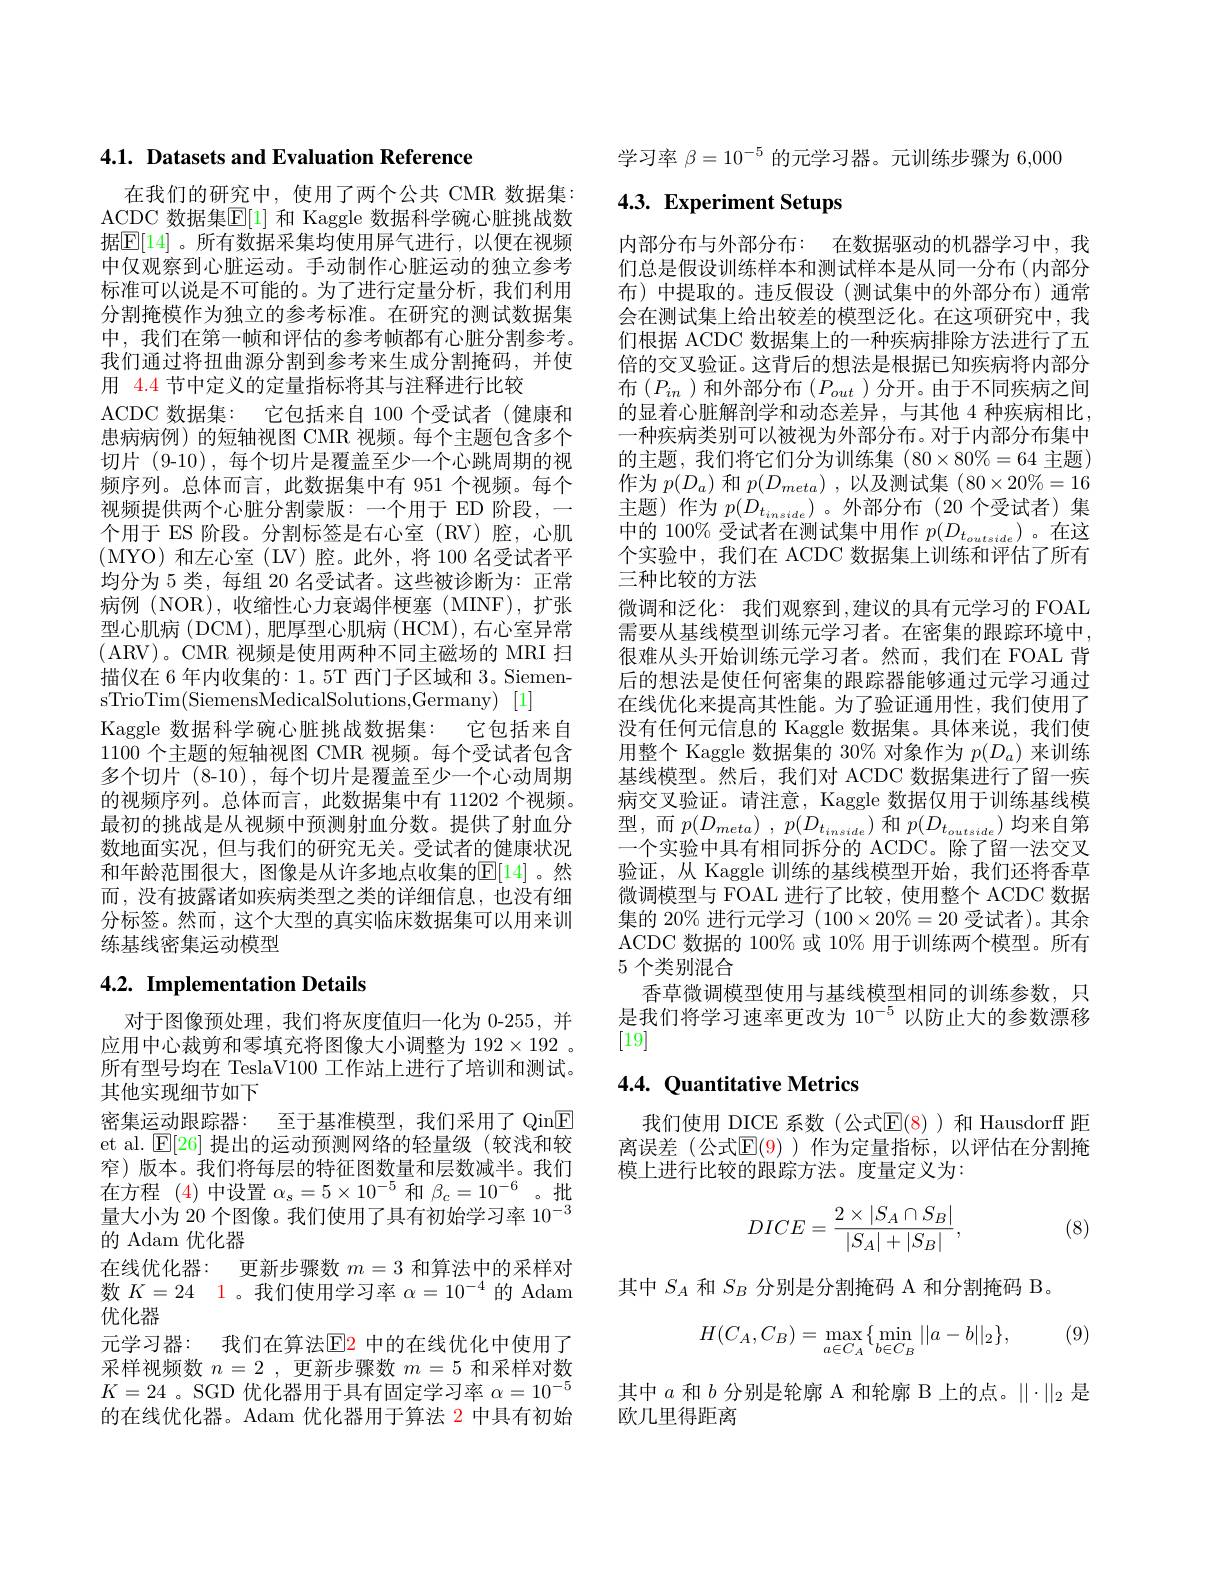
4.1. Datasets and Evaluation Reference

在我们的研究中，使用了两个公共 CMR 数据集： ACDC 数据集$\boxed{\mathrm{F}}[1]$ 和 Kaggle 数据科学碗心脏挑战数据$\boxed{\mathbb{E}[14]}$ 。所有数据采集均使用屏气进行，以便在视频中仅观察到心脏运动。手动制作心脏运动的独立参考标准可以说是不可能的。为了进行定量分析，我们利用分割掩模作为独立的参考标准。在研究的测试数据集中，我们在第一帧和评估的参考帧都有心脏分割参考。我们通过将扭曲源分割到参考来生成分割掩码，并使用 4.4 节中定义的定量指标将其与注释进行比较
ACDC 数据集：它包括来自 100 个受试者(健康和患病病例)的短轴视图 CMR 视频。每个主题包含多个切片 (9-10),每个切片是覆盖至少一个心跳周期的视频序列。总体而言，此数据集中有 951 个视频。每个视频提供两个心脏分割蒙版：一个用于 ED 阶段，一个用于 ES 阶段。分割标签是右心室(RV)腔，心肌(MYO)和左心室(LV)腔。此外，将100名受试者平均分为 5 类，每组 20 名受试者。这些被诊断为：正常病例(NOR),收缩性心力衰竭伴梗塞(MINF),扩张型心肌病 (DCM),肥厚型心肌病 (HCM), 右心室异常(ARV)。CMR 视频是使用两种不同主磁场的 MRI 扫描仪在 6 年内收集的：1。5T 西门子区域和 3。Siemen- $\operatorname { sTrioTim} ( \operatorname { Siemens\text{MedicalSolutions, Germany) }}$ [1]
Kaggle 数据科学碗心脏挑战数据集：它包括来自1100个主题的短轴视图 CMR 视频。每个受试者包含多个切片 (8-10),每个切片是覆盖至少一个心动周期的视频序列。总体而言，此数据集中有 11202 个视频。最初的挑战是从视频中预测射血分数。提供了射血分数地面实况，但与我们的研究无关。受试者的健康状况和年龄范围很大，图像是从许多地点收集的$\mathbb{E}[14]$。然而，没有披露诸如疾病类型之类的详细信息，也没有细分标签。然而，这个大型的真实临床数据集可以用来训练基线密集运动模型

# 4.2. Implementation Details

对于图像预处理，我们将灰度值归一化为 0-255, 并应用中心裁剪和零填充将图像大小调整为 192$\times192$ 。所有型号均在 TeslaV100 工作站上进行了培训和测试。其他实现细节如下
密集运动跟踪器：至于基准模型，我们采用了 Qin$\boxed{\mathrm{F}}$ et al. $\mathbb{E}[26]$提出的运动预测网络的轻量级(较浅和较窄)版本。我们将每层的特征图数量和层数减半。我们在方程 (4)中设置$\alpha_s=5\times10^{-5}$和$\beta_c=10^{-6}$。批量大小为 20 个图像。我们使用了具有初始学习率$10^{-3}$ 的 Adam 优化器
在线优化器：更新步骤数$m=3$和算法中的采样对数$K= 24$ $\color{red} {1}$ 。我们使用学习率$\alpha=10^{-4}$的 Adam 优化器
元学习器：我们在算法$\color{red}{\mathrm{E2}}$ 中的在线优化中使用了采样视频数$n=2$,更新步骤数$m=5$和采样对数$K=24$ 。SGD 优化器用于具有固定学习率$\alpha=10^-5$ 的在线优化器。Adam 优化器用于算法 2 中具有初始

学习率$\beta=10^{-5}$的元学习器。元训练步骤为 6,000

# 4.3. Experiment Setups

内部分布与外部分布：在数据驱动的机器学习中，我们总是假设训练样本和测试样本是从同一分布(内部分布)中提取的。违反假设(测试集中的外部分布)通常会在测试集上给出较差的模型泛化。在这项研究中，我们根据 ACDC 数据集上的一种疾病排除方法进行了五倍的交叉验证。这背后的想法是根据已知疾病将内部分布$(P_{in}$)和外部分布$(P_out$)分开。由于不同疾病之间的显着心脏解剖学和动态差异，与其他 4 种疾病相比， 一种疾病类别可以被视为外部分布。对于内部分布集中的主题，我们将它们分为训练集(80$\times80\%=64 主题)$ 作为$p(D_a)$和$p(D_meta)$,以及测试集(80$\times20\%=16$ 主题)作为$p(D_{t_{inside}})$。外部分布(20个受试者)集中的 100% 受试者在测试集中用作$p(D_t_{outside})$。在这个实验中，我们在 ACDC 数据集上训练和评估了所有三种比较的方法
微调和泛化：我们观察到，建议的具有元学习的 FOAL 需要从基线模型训练元学习者。在密集的跟踪环境中， 很难从头开始训练元学习者。然而，我们在 FOAL 背后的想法是使任何密集的跟踪器能够通过元学习通过在线优化来提高其性能。为了验证通用性，我们使用了没有任何元信息的 Kaggle 数据集。具体来说，我们使用整个 Kaggle 数据集的 30% 对象作为$p(D_a)$来训练基线模型。然后，我们对 ACDC 数据集进行了留一疾病交叉验证。请注意，Kaggle 数据仅用于训练基线模型，而$p( D_{meta})$ , $p( D_{t_{inside}})$和$p(D_{t_{outside}})$均来自第一个实验中具有相同拆分的 ACDC。除了留一法交叉验证，从 Kaggle 训练的基线模型开始，我们还将香草微调模型与 FOAL 进行了比较，使用整个 ACDC 数据集的 20% 进行元学习$(100\times20\%=20$受试者)。其余ACDC 数据的 100% 或 10% 用于训练两个模型。所有5 个类别混合
香草微调模型使用与基线模型相同的训练参数，只是我们将学习速率更改为 10$^{-5}$以防止大的参数漂移[19]

## 4.4. Quantitative Metrics

我们使用 DICE 系数(公式$\mathbb{E}(8)$)和 Hausdorff 距离误差(公式$\mathbb{E}(9)$ )作为定量指标，以评估在分割掩模上进行比较的跟踪方法。度量定义为：
$$DICE=\frac{2\times|S_A\cap S_B|}{|S_A|+|S_B|},$$
(8)

其中$S_A$和$S_B$分别是分割掩码 A 和分割掩码 B。
$$\begin{aligned}H(C_A,C_B)=\max_{a\in C_A}\{\min_{b\in C_B}||a-b||_2\},\end{aligned}$$
(9)

其中$a$和$b$分别是轮廓 A 和轮廓 B 上的点。$\|\cdot\|_2$是
欧几里得距离